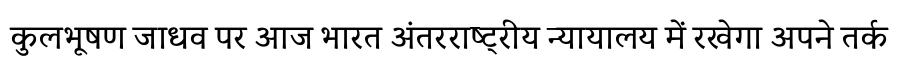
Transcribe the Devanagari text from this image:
कुलभूषण जाधव पर आज भारत अंतरराष्ट्रीय न्यायालय में रखेगा अपने तर्क